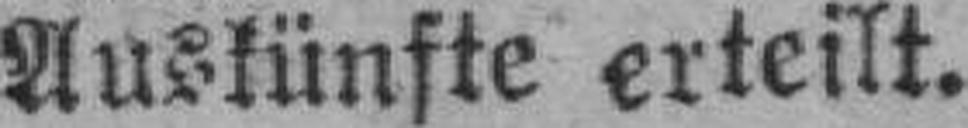
Auskünfte erteilt.